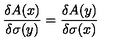
\frac { \delta A ( x ) } { \delta \sigma ( y ) } = \frac { \delta A ( y ) } { \delta \sigma ( x ) }